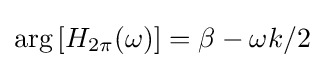
\arg \left[H_{2\pi }(\omega )\right]=\beta -\omega k/2